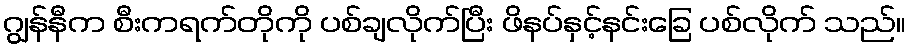
ဂျွန်နီက စီးကရက်တိုကို ပစ်ချလိုက်ပြီး ဖိနပ်နှင့်နင်းခြေ ပစ်လိုက် သည်။